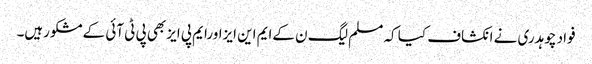
فواد چوہدری نے انکشاف کیا کہ مسلم لیگ ن کےایم این ایزاورایم پی ایزبھی پی ٹی آئی کےمشکورہیں۔